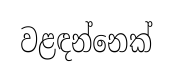
වළඳන්නෙක්